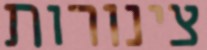
צינורות